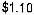
$1.10